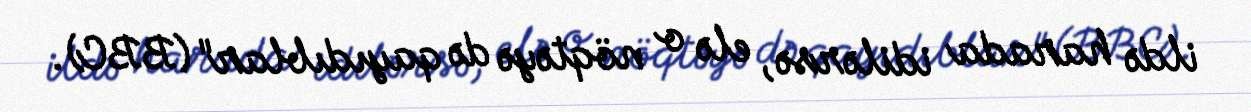
ildə harada idilərsə, elə o nöqtəyə də qayıdıblar" (BBC).